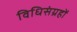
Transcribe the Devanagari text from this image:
विधिसंग्रहों